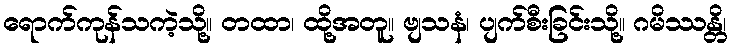
ရောက်ကုန်သကဲ့သို့။ တထာ၊ ထို့အတူ။ ဗျသနံ၊ ပျက်စီးခြင်းသို့။ ဂမိဿန္တိ၊